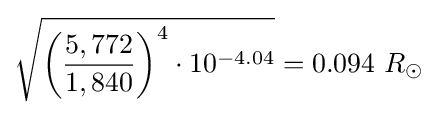
{\sqrt {{\biggl (}{\frac {5,772}{1,840}}{\biggr )}^{4}\cdot 10^{-4.04}}}=0.094\ R_{\odot }